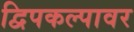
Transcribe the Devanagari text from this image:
द्विपकल्पावर